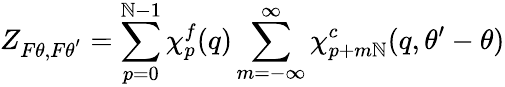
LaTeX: Z_{F\theta,F\theta^{'}}=\sum_{p=0}^{\mathbb{N}-1}\chi_{p}^{f}(q)\sum_{m=-\infty}^{\infty}\chi_{p+m\mathbb{N}}^{c}(q,\theta^{\prime}-\theta)